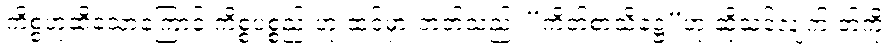
ကိစ္စဟုဆိုသောကြောင့် ကိစ္စပစ္စည်းဟု ထင်မှားတတ်သည်၊ “ကိတ်စာသိဋ္ဌေ”ဟု ဆိုသင့်လျက် တ်ကို